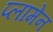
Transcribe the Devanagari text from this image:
प्लामेन